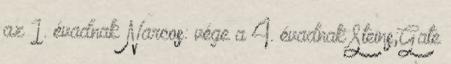
az 1. évadnak Narcos: vége a 4. évadnak Steins;Gate